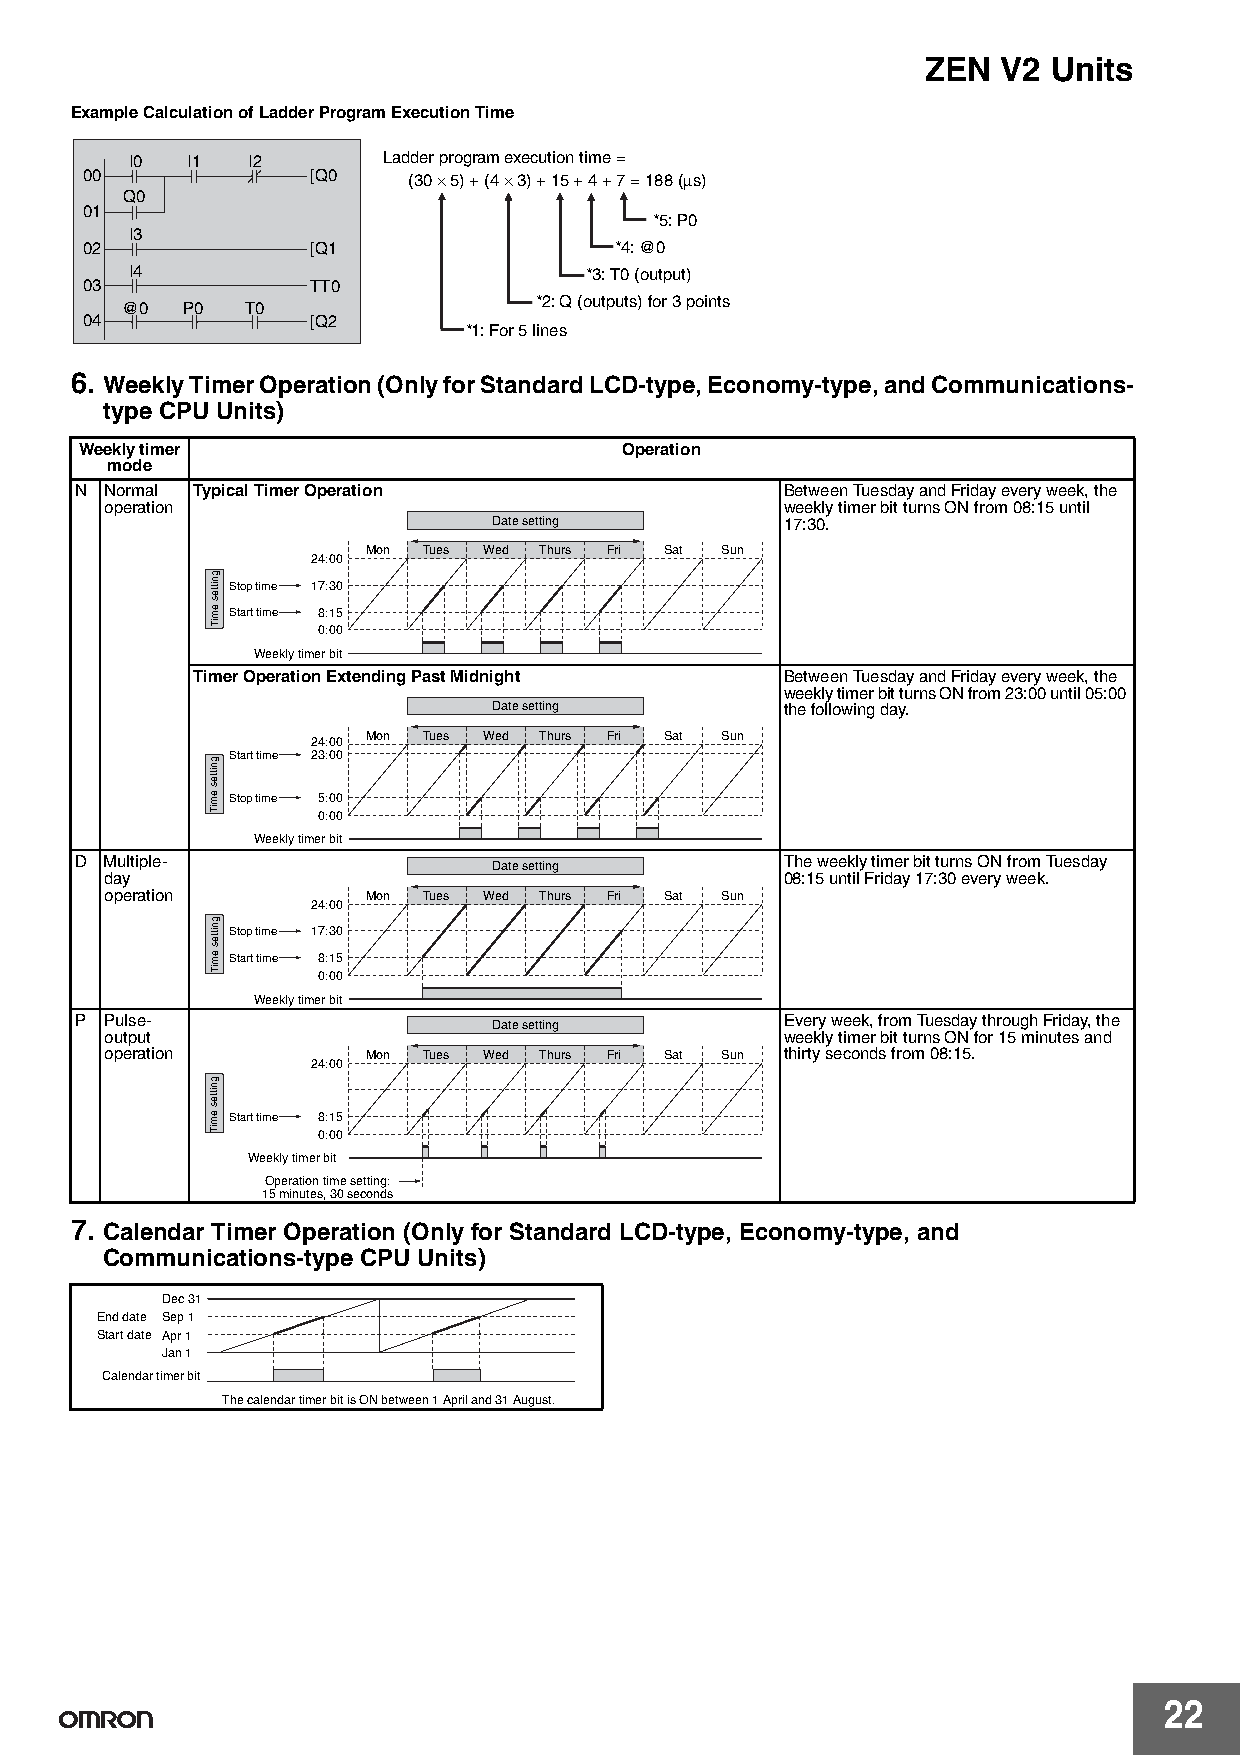
ZEN  V2  Units
 Example Calculation of Ladder Program Execution Time
 I0 I1  I2       Ladder program execution time =
 00              [Q0   (30 × 5) + (4 × 3) + 15 + 4 + 7 = 188 (µs)
 Q0
 01
 *5: P0
 I3
 02              [Q1                 *4: @0
 I4                            *3: T0 (output)
 03              TT0
 *2: Q (outputs) for 3 points
 @0  P0  T0
 04              [Q2
 *1: For 5 lines
 6. Weekly Timer Operation (Only for Standard LCD-type, Economy-type, and Communications-
 type CPU Units)
 Weekly timer                        Operation
 mode
 N Normal Typical Timer Operation               Between Tuesday and Friday every week, the
 operation                                    weekly timer bit turns ON from 08:15 until
 Date setting       17:30.
 Mon Tues Wed Thurs Fri Sat Sun
 24:00
 Stop time 17:30
 Start time 8:15
 0:00
 Weekly timer bit
 Timer Operation Extending Past Midnight Between Tuesday and Friday every week, the
 weekly timer bit turns ON from 23:00 until 05:00
 Date setting       the following day.
 24:00 Mon Tues Wed Thurs Fri Sat Sun
 Start time 23:00
 Stop time 5:00
 0:00
 Weekly timer bit
 D Multiple-                 Date setting       The weekly timer bit turns ON from Tuesday
 day                                          08:15 until Friday 17:30 every week.
 operation        Mon Tues Wed Thurs Fri Sat Sun
 24:00
 Stop time 17:30
 Start time 8:15
 0:00
 Weekly timer bit
 P Pulse-                                       Every week, from Tuesday through Friday, the
 Date setting
 output                                       weekly timer bit turns ON for 15 minutes and
 operation        Mon Tues Wed Thurs Fri Sat Sun thirty seconds from 08:15.
 24:00
 Start time 8:15
 0:00
 Weekly timer bit
 Operation time setting:
 15 minutes, 30 seconds
 7. Calendar Timer Operation (Only for Standard LCD-type, Economy-type, and
 Communications-type CPU Units)
 Dec 31
 End date Sep 1
 Start date Apr 1
 Jan 1
 Calendar timer bit
 The calendar timer bit is ON between 1 April and 31 August.
 22
 gnittes
 emiT
 gnittes
 emiT
 gnittes
 emiT
 gnittes
 emiT